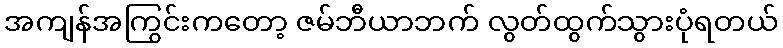
အကျန်အကြွင်းကတော့ ဇမ်ဘီယာဘက် လွတ်ထွက်သွားပုံရတယ်